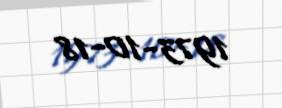
1973-10-18